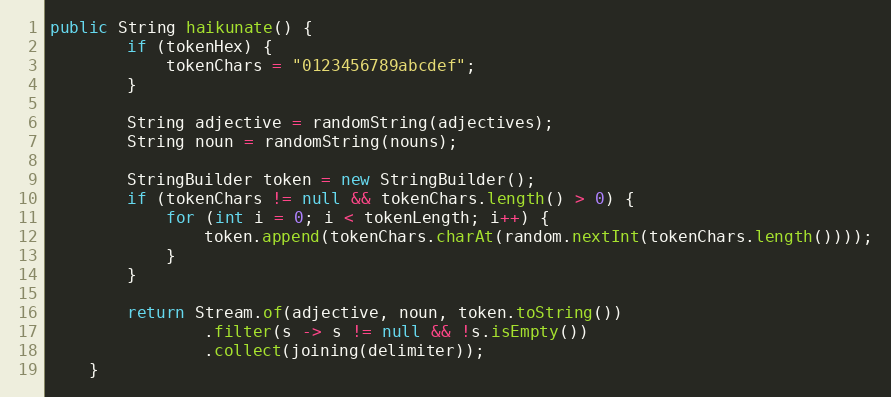
Language: Java
public String haikunate() {
        if (tokenHex) {
            tokenChars = "0123456789abcdef";
        }

        String adjective = randomString(adjectives);
        String noun = randomString(nouns);

        StringBuilder token = new StringBuilder();
        if (tokenChars != null && tokenChars.length() > 0) {
            for (int i = 0; i < tokenLength; i++) {
                token.append(tokenChars.charAt(random.nextInt(tokenChars.length())));
            }
        }

        return Stream.of(adjective, noun, token.toString())
                .filter(s -> s != null && !s.isEmpty())
                .collect(joining(delimiter));
    }